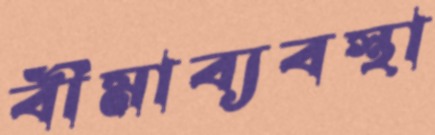
বীমাব্যবস্থা